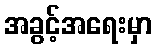
အခွင့်အရေးမှာ